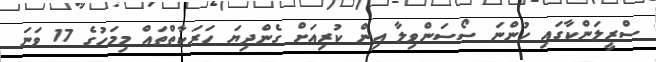
ސްރީލަންކާގައި ހުންނަ ސޯސަންވިލާ އިން ކުރިއަށް ގެންދިޔަ ހަރަކާތްތައް މިމަހުގެ 17 ވަނަ